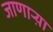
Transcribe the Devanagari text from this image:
जाणार्‍य़ा